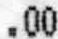
.00